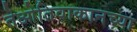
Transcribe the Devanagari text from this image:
तेओतिवाकानच्या